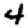
Digit: 4